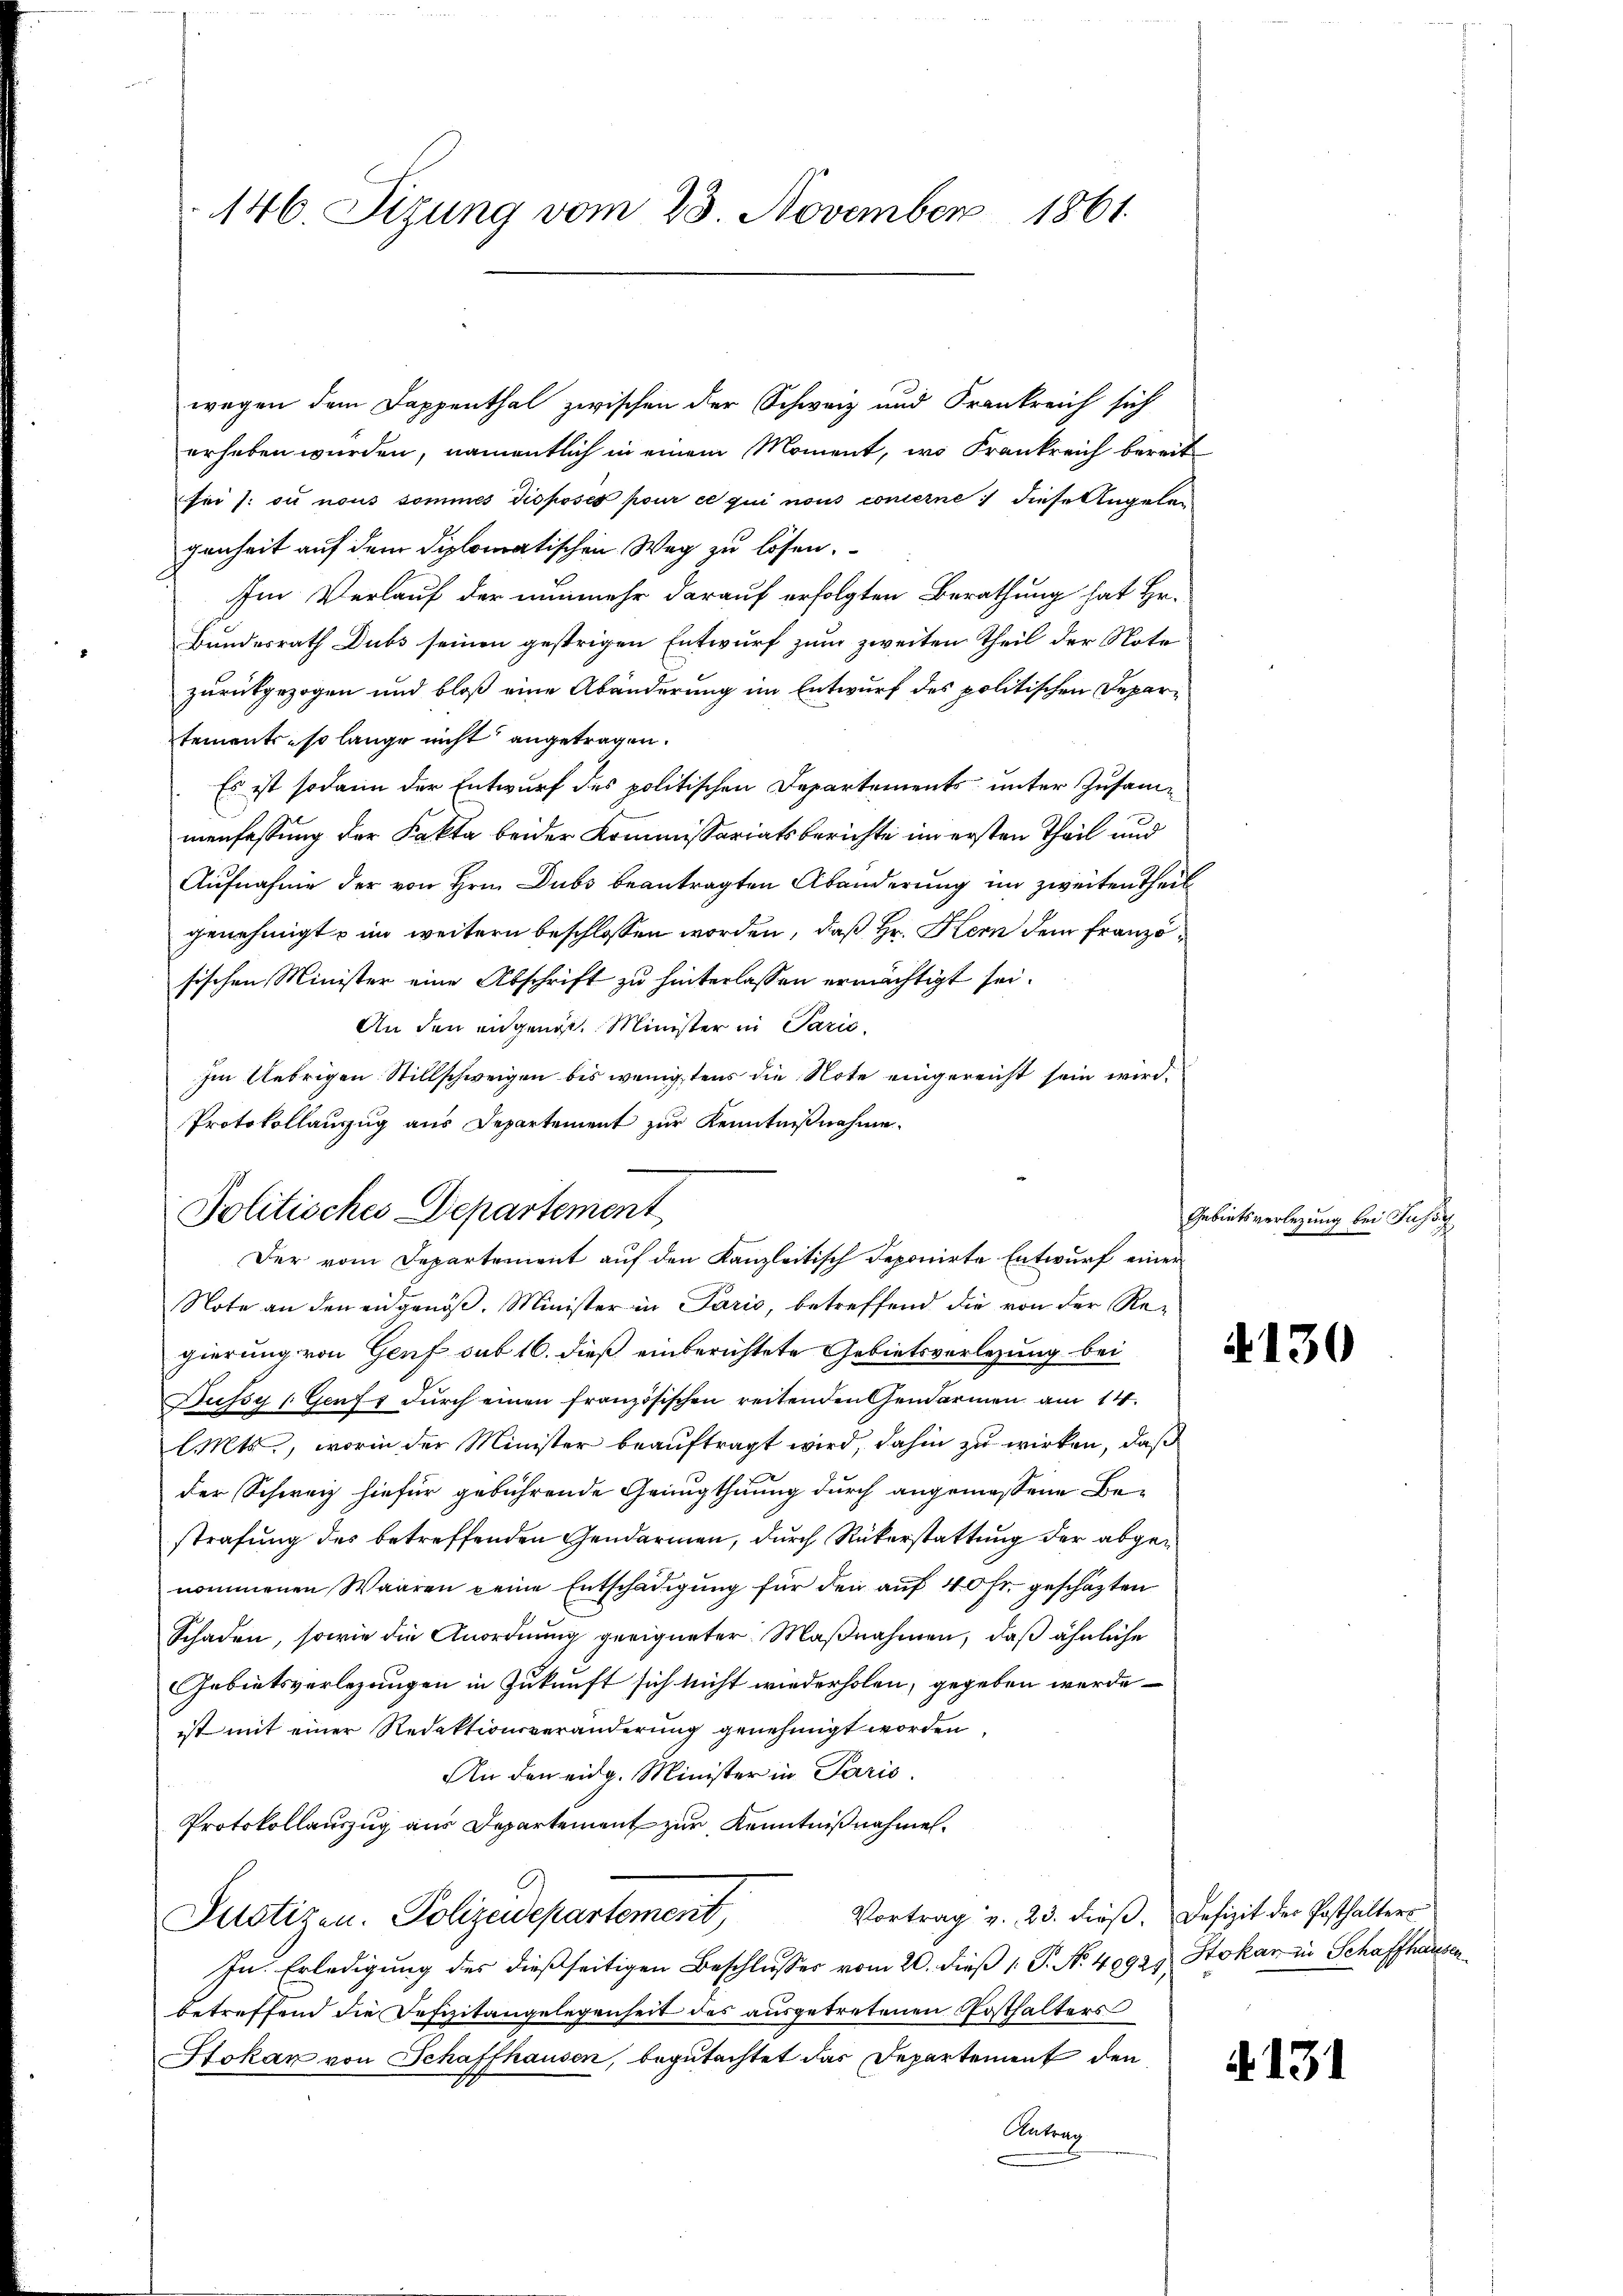
wegen dem Dappenthal zwischen der Schweiz und Frankreich sich
erheben wurden, namentlich in einem Moment, wo Frankreich bereit
fei /: du nous sommes disposes pour ce qui nous concerne :/ diese Angelegenheit auf dem diplomatischen Weg zu lösen.
Im Verlauf der nunmehr darauf erfolgten Berathung hat Hr.
Bundesrath Dubs seinen gestrigen Entwurf zum zweiten Theil der Note
zurückgezogen und bloß eine Abänderung im Entwurf des politischen Departements so lange nicht angetragen.
Es ist sodann der Entwurf des politischen Departements unter Zusammenfassung der Fakta beider Kommissariatsberichte im ersten Theil und
Aufnahme der von Hrn. Dubs beantragten Abänderung im zweiten Theil
genehmigt im weitern beschlossen worden, daß Hr. Hern dem Französischen Minister eine Abschrift zu hinterlassen ermächtigt sei.
An den eidgenöst. Minister in Parić,
Im Uebrigen Stillschweigen bis wenigstens die Note eingereicht sein wird.
Protokollauszug aus Departement zur Kenntnißnahme.

146. Sizung vom 23. November 1861.

Note an den eidgenöß. Minister in Paris, betreffend die von der Regierung von Genf sub 16. dieß einberichtete Gebietsverlegung bei
Dussy (Genf durch einen französischen reitenden Gendarmen am 14.
l. Mts., worin der Minister beauftragt wird, dahin zu wirken, daß
der Schweiz hiefür gebührende Genugthuung durch angemessene Bestrafung des betreffenden Gendarmen, durch Rükerstattung der abgenommenen Waaren keine Entschädigung für den auf 40 fr. geschäzten
Schaden, sowie die Anordnung geeigneter Maßnahmen, daß ähnliche
Gebietsverlegungen in Zukunft sich nicht wiederholen, gegeben werde
ist mit einer Redaktionsveränderung genehmigt worden.
An den eidg. Minister in Paris.
Protokollauszug aus Departement zur Kenntnißnahmen.
Vortrag v. 23. dieß. Defizit der Posthalters
Pustizen. Polizeidepartement,
In Erledigung des dießseitigen Beschlusses vom 20. dieß 1. P. N. 4992. Stokan in Schaffhausenbetreffend die Defizitangelegenheit des ausgetretenen Posthalters
Stokan von Schaffhausen, begutachtet das Departement den
Antrag

Politisches Departement
Der vom Departement auf den Kanzleitisch deponirte Entwurf einer

Gebietsverlegung bei Just

4130

A 131